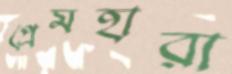
প্রেমহারা